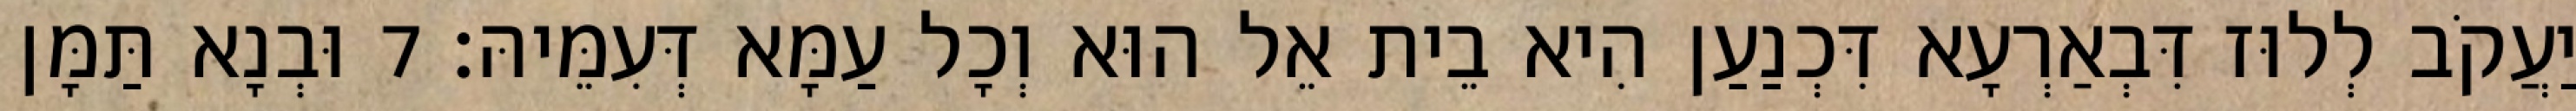
יַעֲקֹב לְלוּז דִּבְאַרְעָא דִּכְנַעַן הִיא בֵית אֵל הוּא וְכָל עַמָּא דְּעִמֵּיהּ׃ 7 וּבְנָא תַּמָּן